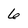
Character: 6